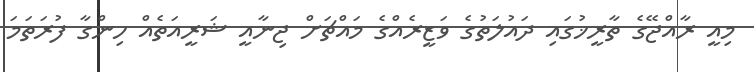
މިއީ ރާއްޖޭގެ ތާރީޚުގައި ދައުލަތުގެ ވަޒީރެއްގެ މައްޗަށް ޖިނާއީ ޝަރީއަތެއް ހިންގާ ފުރަތަމަ